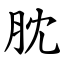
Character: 䏙